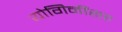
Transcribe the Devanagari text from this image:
योगिनींसह